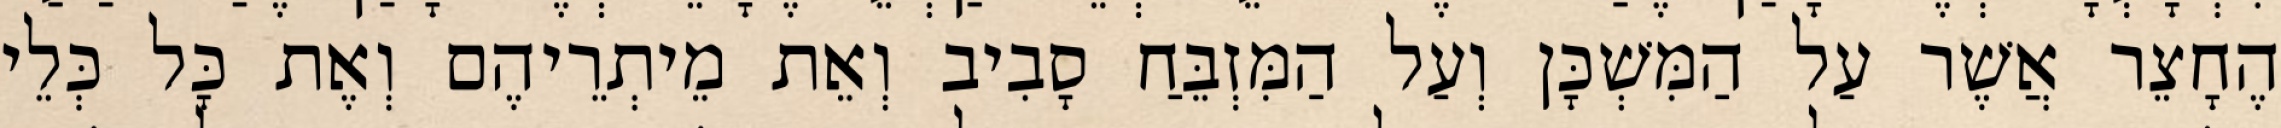
הֶחָצֵר אֲשֶׁר עַל הַמִּשְׁכָּן וְעַל הַמִּזְבֵּחַ סָבִיב וְאֵת מֵיתְרֵיהֶם וְאֶת כָּל כְּלֵי